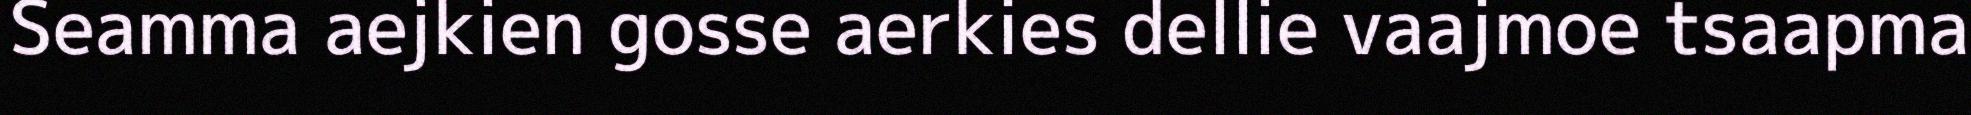
Seamma aejkien gosse aerkies dellie vaajmoe tsaapma